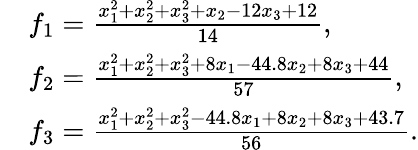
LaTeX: \begin{array}{rl}&{f_{1}=\frac{x_{1}^{2}+x_{2}^{2}+x_{3}^{2}+x_{2}-12x_{3}+12}{14},}\\ &{f_{2}=\frac{x_{1}^{2}+x_{2}^{2}+x_{3}^{2}+8x_{1}-44.8x_{2}+8x_{3}+44}{57},}\\ &{f_{3}=\frac{x_{1}^{2}+x_{2}^{2}+x_{3}^{2}-44.8x_{1}+8x_{2}+8x_{3}+43.7}{56}.}\end{array}